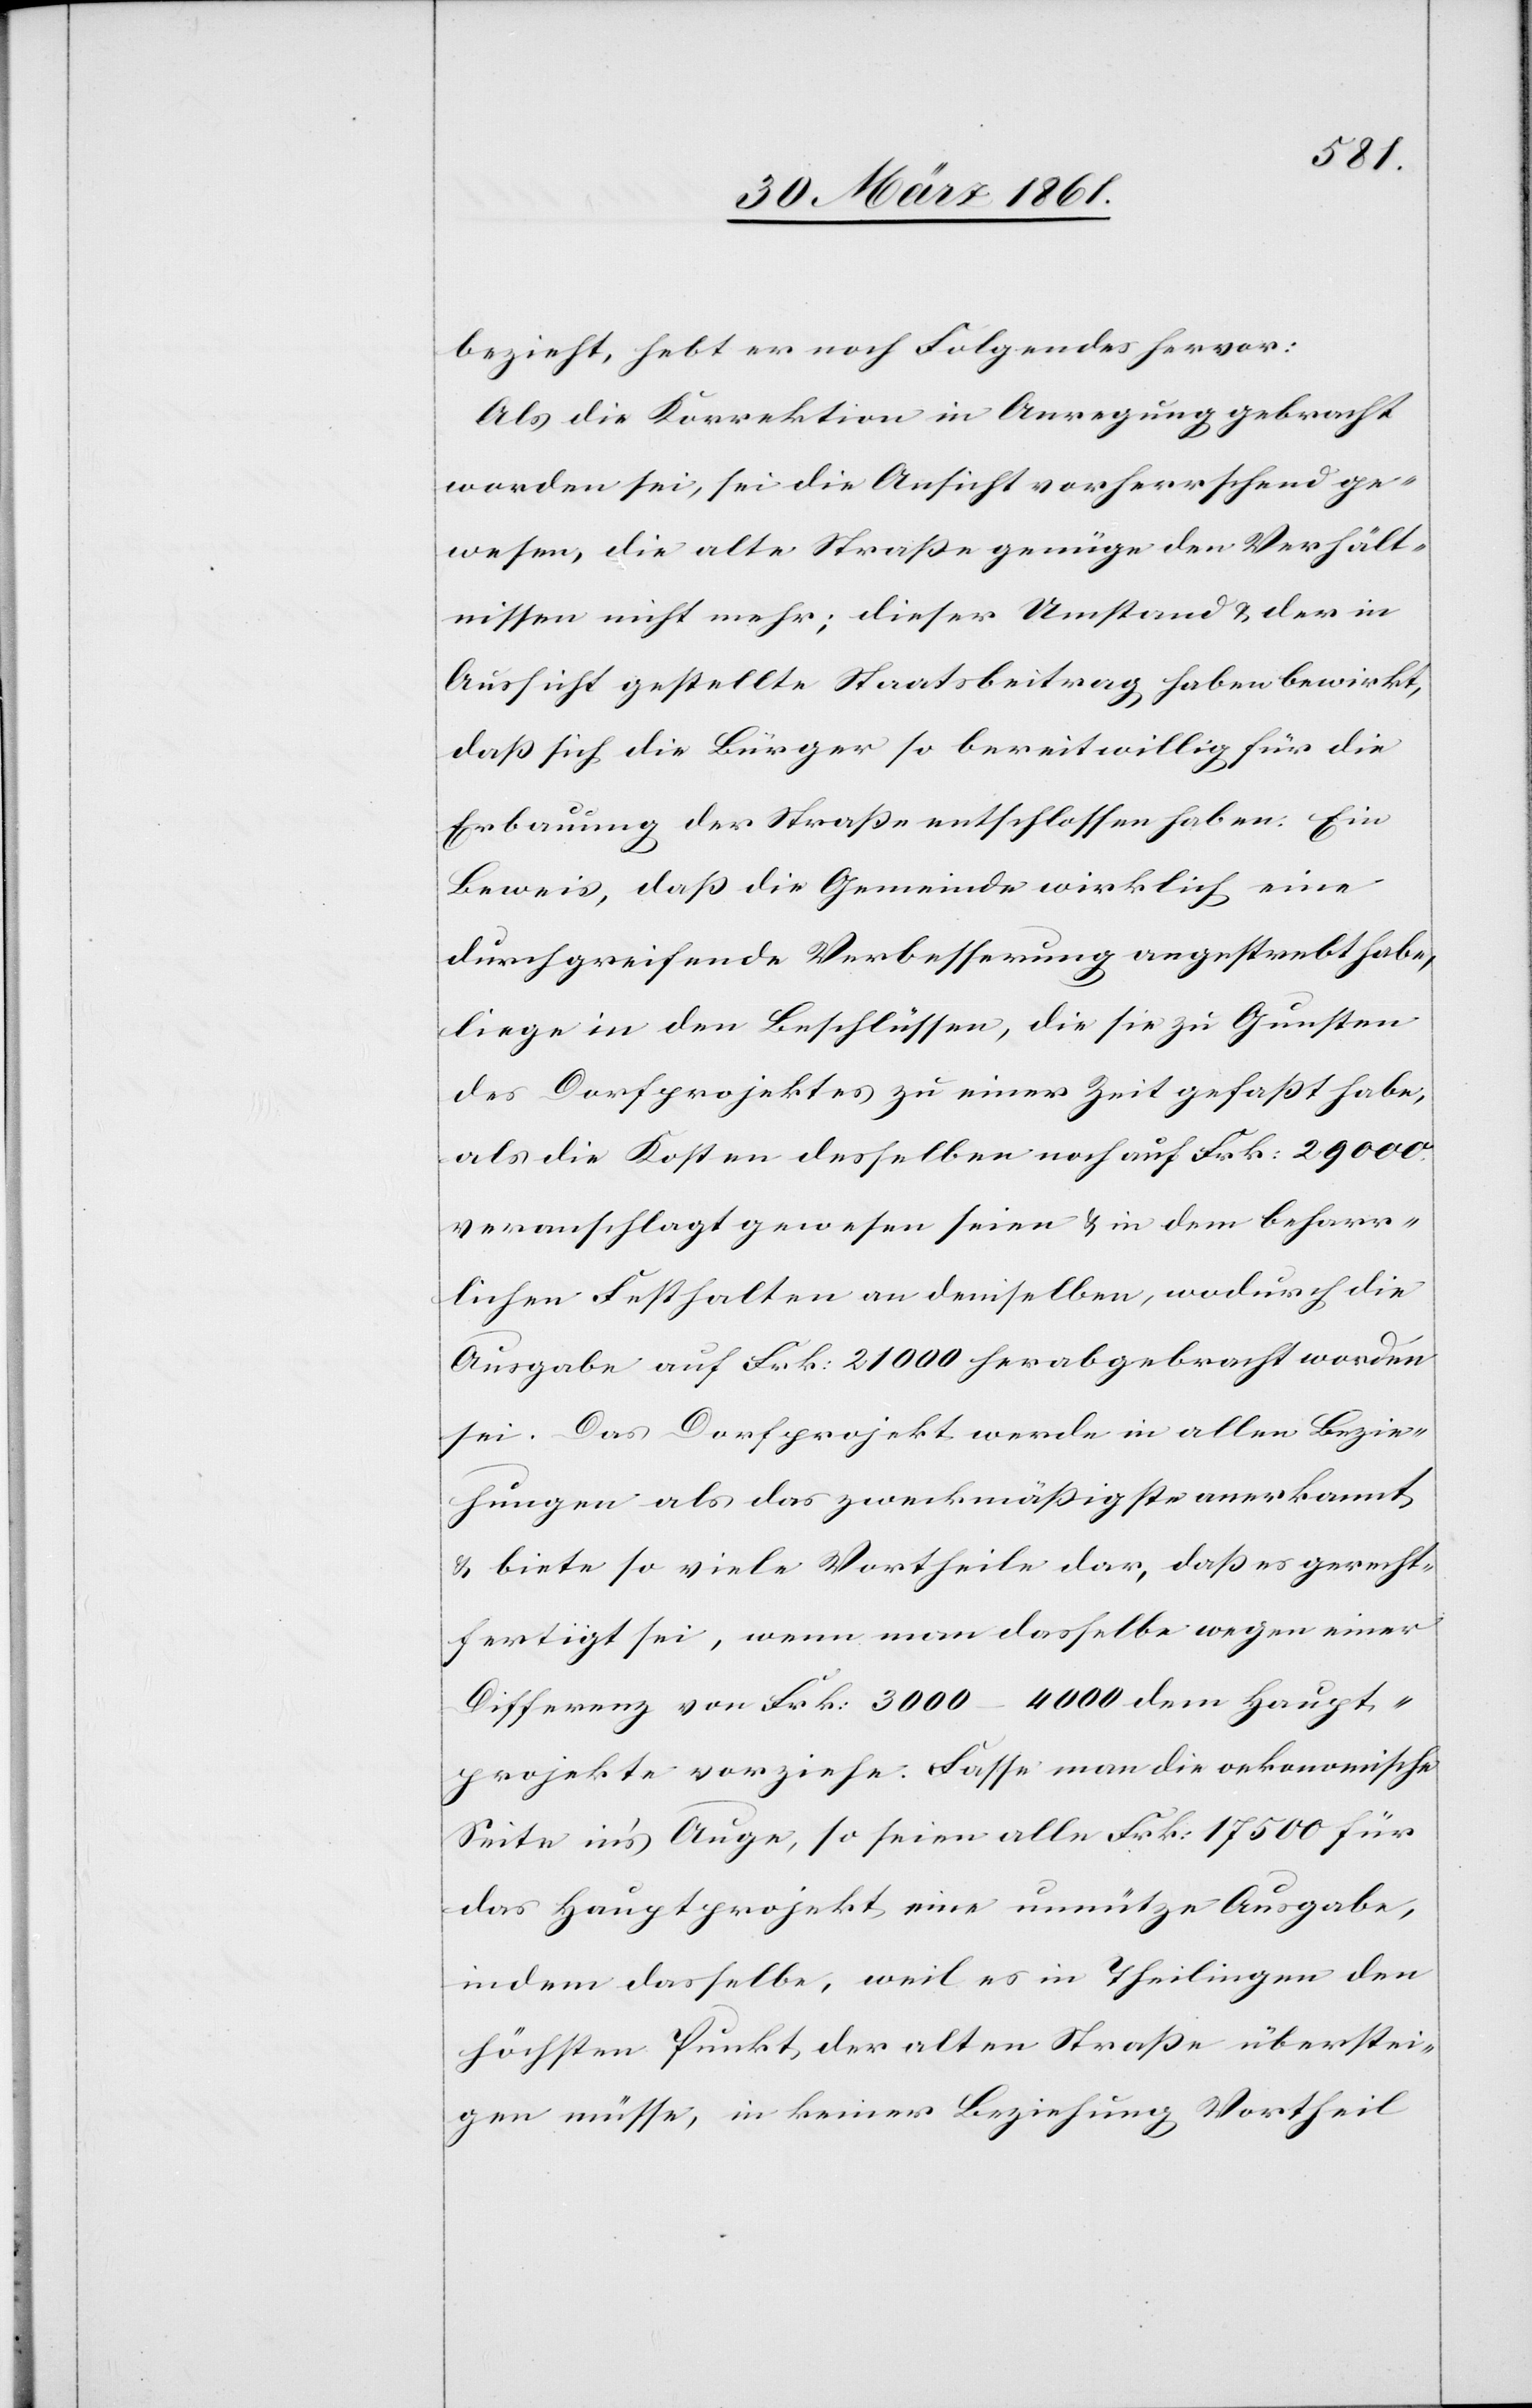
bezieht, hebt er noch Folgendes hervor:
Als die Korrektion in Anregung gebracht
worden sei, sei die Ansicht vorherrschend ge¬
wesen, die alte Straße genüge den Verhält¬
nissen nicht mehr; dieser Umstand u. der in
Aussicht gestellte Staatsbeitrag haben bewirkt,
daß sich die Bürger so bereitwillig für die
Erbauung der Straße entschlossen haben. Ein
Beweis, daß die Gemeinde wirklich eine
durchgreifende Verbesserung angestrebt habe,
liege in den Beschlüssen, die sie zu Gunsten
des Dorfprojektes zu einer Zeit gefaßt habe,
als die Kosten desselben noch auf Frk: 29 000
veranschlagt gewesen seien u. in dem beharr¬
lichen Festhalten an demselben, wodurch die
Ausgabe auf Frk. 21 000 herabgebracht worden
sei. Das Dorfprojekt werde in allen Bezie¬
hungen als das zweckmäßigste anerkannt,
u. biete so viele Vortheile dar, daß es gerecht¬
fertigt sei, wenn man dasselbe wegen einer
Differenz von Frk: 3000–4000 dem Haupt¬
projekte vorziehe. Fasse man die oekonomische
Seite in’s Auge, so seien alle Frk: 17 500 für
das Hauptprojekt eine unnütze Ausgabe,
indem dasselbe, weil es in Theilingen den
höchsten Punkt der alten Straße überstei¬
gen müsse, in keiner Beziehung Vortheil